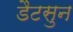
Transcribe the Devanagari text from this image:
डैटसुन